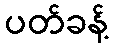
ပတ်ခန့်